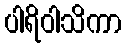
ပါရိဝါသိကာ